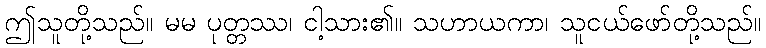
ဤသူတို့သည်။ မမ ပုတ္တဿ၊ ငါ့သား၏။ သဟာယကာ၊ သူငယ်ဖော်တို့သည်။